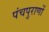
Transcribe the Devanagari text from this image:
पंचपुराणों